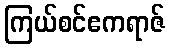
ကြယ်စင်ဧကရာဇ်